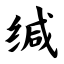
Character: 缄